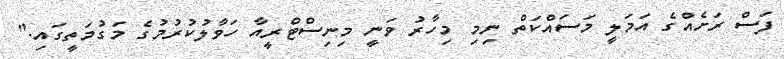
ފަސް ރަށެއްގެ އަމަލީ މަސައްކަތް ނިމި މިހާރު ވަނީ މިނިސްޓްރީއާ ހަވާލުކުރުމުގެ މަގުމަތީގައި."